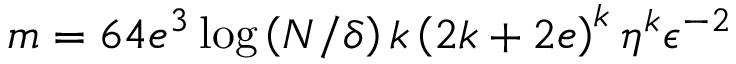
m = 6 4 e ^ { 3 } \log \left( N / \delta \right) k \left( 2 k + 2 e \right) ^ { k } \eta ^ { k } \epsilon ^ { - 2 }